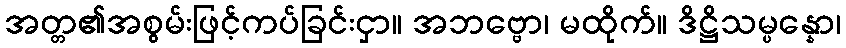
အတ္တ၏အစွမ်းဖြင့်ကပ်ခြင်းငှာ။ အဘဗ္ဗော၊ မထိုက်။ ဒိဋ္ဌိသမ္ပန္နော၊